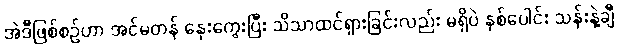
အဲဒီဖြစ်စဉ်ဟာ အင်မတန် နှေးကွေးပြီး သိသာထင်ရှားခြင်းလည်း မရှိပဲ နှစ်ပေါင်း သန်းနဲ့ချီ